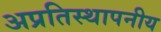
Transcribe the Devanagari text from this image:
अप्रतिस्थापनीय